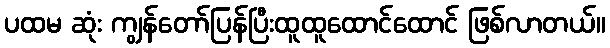
ပထမ ဆုံး ကျွန်တော်ပြန်ပြီးထူထူထောင်ထောင် ဖြစ်လာတယ်။